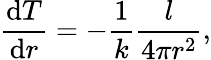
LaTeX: {\frac{{\mathrm{d}}T}{{\mathrm{d}}r}}=-{\frac{1}{k}}{\frac{l}{4\pi r^{2}}},